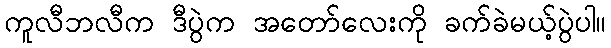
ကူလီဘလီက ဒီပွဲက အတော်လေးကို ခက်ခဲမယ့်ပွဲပါ။